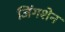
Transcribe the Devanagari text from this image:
जिंगशेन